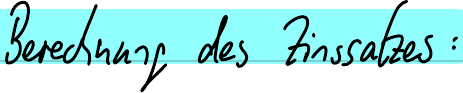
Berechnung des Zinssatzes: